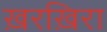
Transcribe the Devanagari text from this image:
ख़रख़िरा